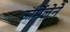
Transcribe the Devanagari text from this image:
ऊर्मिलेने